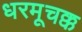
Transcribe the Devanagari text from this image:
धरमूचक्क